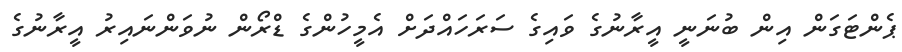
ޕެންޓަގަން އިން ބުނަނީ އީރާނުގެ ވައިގެ ސަރަހައްދަށް އެމީހުންގެ ޑްރޯން ނުވަންނައިރު އީރާނުގެ